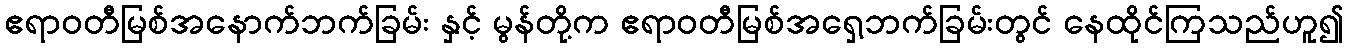
ဧရာဝတီမြစ်အနောက်ဘက်ခြမ်း နှင့် မွန်တို့က ဧရာဝတီမြစ်အရှေ့ဘက်ခြမ်းတွင် နေထိုင်ကြသည်ဟူ၍